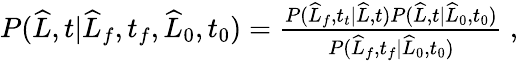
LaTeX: \begin{array}{r}{P(\widehat{L},t|\widehat{L}_{f},t_{f},\widehat{L}_{0},t_{0})=\frac{P(\widehat{L}_{f},t_{t}|\widehat{L},t)P(\widehat{L},t|\widehat{L}_{0},t_{0})}{P(\widehat{L}_{f},t_{f}|\widehat{L}_{0},t_{0})}\ ,}\end{array}